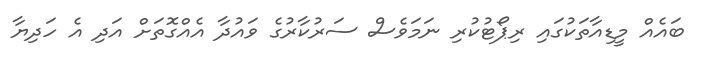
ބައެއް މީޑިއާތަކުގައި ރިޕޯޓުކުރި ނަމަވެސް ސަރުކާރުގެ ވައުދާ އެއްގޮތަށް އަދި އެ ހަދިޔާ